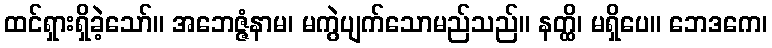
ထင်ရှားရှိခဲ့သော်။ အဘေဇ္ဇံနာမ၊ မကွဲပျက်သောမည်သည်။ နတ္ထိ၊ မရှိပေ။ ဘေဒကေ၊